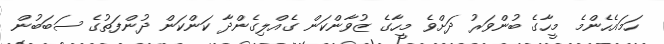
ހަމައެހެންމެ މީހާގެ ބުންވަރު ދަށްވެ މީހާގެ ޒުވާންކަން ގެއްލިގެންދާ ކަންކަން ދުންފަތުގެ ސަބަބުން